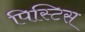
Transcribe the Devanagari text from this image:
पिस्टिस